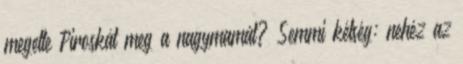
megette Piroskát meg a nagymamát? Semmi kétség: nehéz az